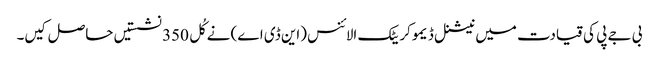
بی جے پی کی قیادت میں نیشنل ڈیموکریٹک الائنس (این ڈی اے) نے کُل 350 نشستیں حاصل کیں۔